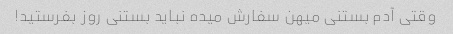
وقتی آدم بستنی میهن سفارش میده نباید بستنی روز بفرستید!